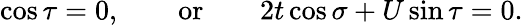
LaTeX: \cos\tau=0,\qquad\textrm{or}\qquad 2t\cos\sigma+U\sin\tau=0.